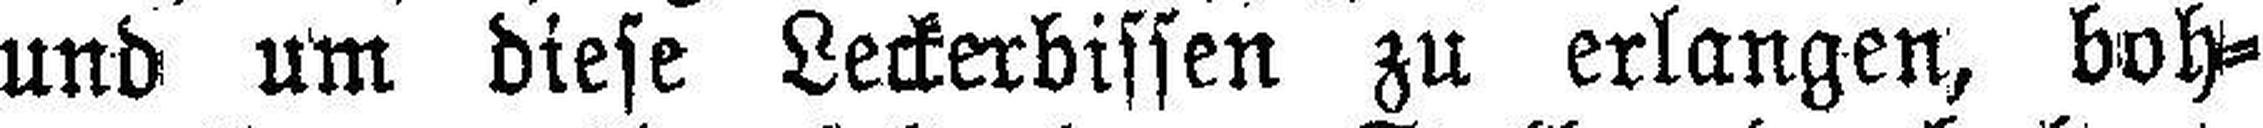
und um diese Leckerbissen zu erlangen, boh¬